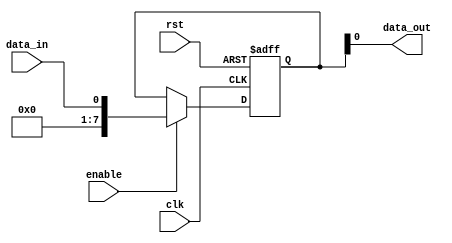
module Cascade_Bypass_Register (
    input wire clk,             // Clock signal input
    input wire rst,             // Reset signal input
    input wire enable,          // Enable signal input
    input wire data_in,         // Data input
    output reg data_out         // Data output
);

// Register declaration
reg [7:0] register;

// Synchronous reset and load
always @(posedge clk or posedge rst) begin
    if (rst) begin
        register <= 8'b0;
    end else if (enable) begin
         register <= data_in;
    end
end

// Output assignment
always @(*) begin
     data_out = register;
end

endmodule